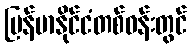
မြန်မာနိုင်ငံတစ်ဝန်းတွင်